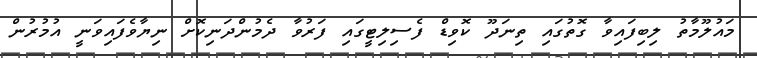
މައުލޫމާތު ލިބިފައިވާ ގޮތުގައި ތިނަދޫ ކޮވިޑް ފެސިލިޓީގައި ފަރުވާ ދެމުންދަނިކޮށް ނިޔާވެފައިވަނީ އުމުރުން